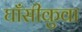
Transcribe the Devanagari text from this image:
घाँसीकुवा